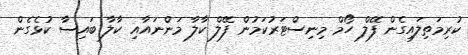
ކުރިމަތިލައިގެން ފޭލް ހޯމް މިނިސްޓަރުކަމުން ފޭލް ކާލާ މަންނައާއި ކާލާ ބައިސާ ކުޅެގެން